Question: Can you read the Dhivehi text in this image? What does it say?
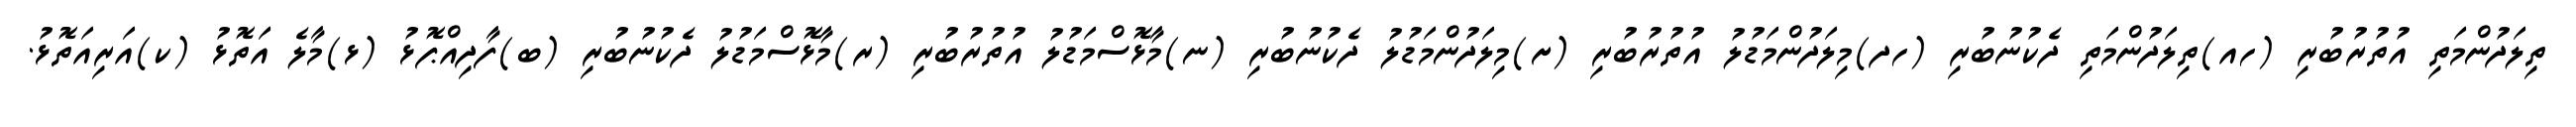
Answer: ތިލަދުންމަތި އުތުރުބުރި (ހއ)ތިލަދުންމަތި ދެކުނުބުރި (ހދ)މިލަދުންމަޑުލު އުތުރުބުރި (ށ)މިލަދުންމަޑުލު ދެކުނުބުރި (ނ)މާޅޮސްމަޑުލު އުތުރުބުރި (ރ)މާޅޮސްމަޑުލު ދެކުނުބުރި (ބ)ފާދިއްޕޮޅު (ޅ)މާލެ އަތޮޅު (ކ)އަރިއަތޮޅު.